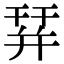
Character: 𢆛